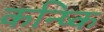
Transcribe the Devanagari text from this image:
कन्ष्कि